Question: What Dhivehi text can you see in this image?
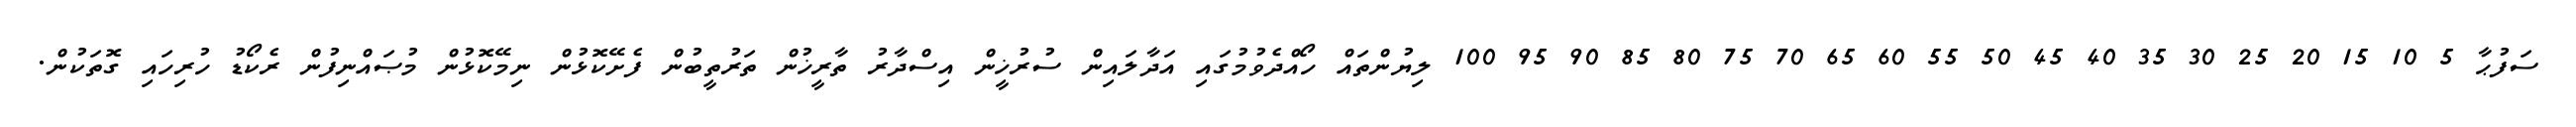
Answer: ސަފުޙާ 5 10 15 20 25 30 35 40 45 50 55 60 65 70 75 80 85 90 95 100 ލިޔުންތައް ހޯއްދެވުމުގައި އަދާލައިން ސުރުޚީން އިސްދާރު ތާރީޚުން ތަރުތީބުން ފެށޭކޮޅުން ނިމޭކޮޅުން މުޞައްނިފުން ރެކޯޑު ހުރިހައި ގޮތަކުން.